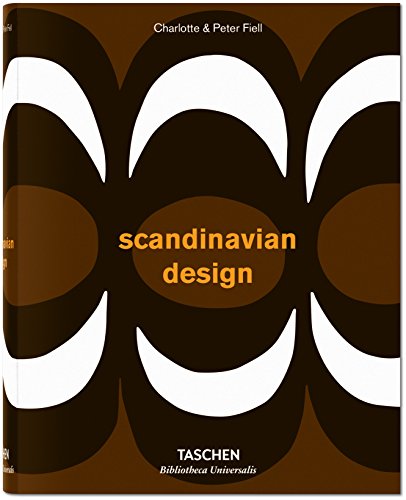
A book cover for Scandinavian Design; Charlotte & Peter Fiell; Arts & Photography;